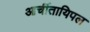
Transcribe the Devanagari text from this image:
आर्चीतायिपल